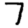
Digit: 7